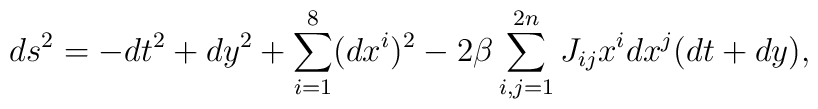
ds^2 = - dt^2 + dy^2 + \sum_{i=1}^8 (dx^i)^2 - 2\beta \sum_{i,j=1}^{2n} J_{ij} x^i dx^j (dt+dy),